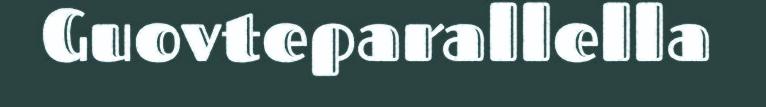
Guovteparallella